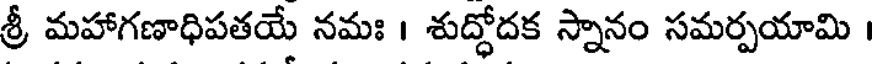
శ్రీ మహాగణాధిపతయే నమః । శుద్ధోదక స్నానం సమర్పయామి ।